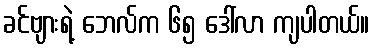
ခင်ဗျားရဲ့ ဘေလ်က ၆၅ ဒေါ်လာ ကျပါတယ်။